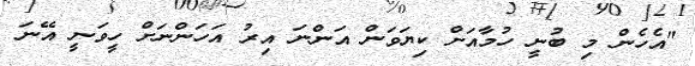
"އެހެން މި ބުނީ ހުމާއަށް ކިޔަވަން އަންނަ އިރު އަހަންނަށް ހީވަނީ އޭނަ